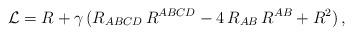
LaTeX: \begin{align*}{\cal L} = R + \gamma \,( R_{A B C D} \, R^{A B C D} - 4 \, R_{A B} \, R^{A B} + R^2 ) \, , \end{align*}